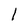
Character: 1